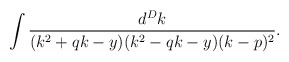
\begin{align*}\int\frac{d^Dk}{(k^2+qk-y)(k^2-qk-y)(k-p)^2}.\end{align*}